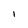
Character: l